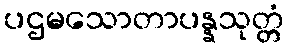
ပဌမသောတာပန္နသုတ္တံ